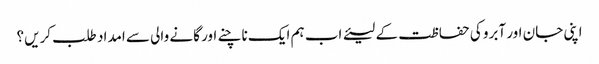
اپنی جان اور آبرو کی حفاظت کے لیئے اب ہم ایک ناچنے اور گانے والی سے امداد طلب کریں؟